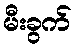
မီးခွက်